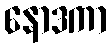
နောဒကာ